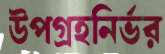
উপগ্রহনির্ভর